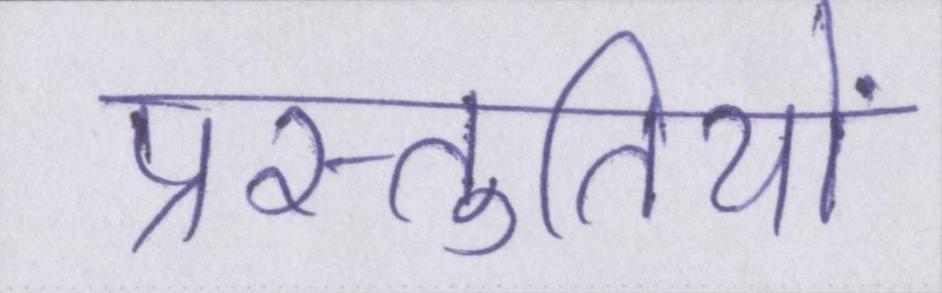
प्रस्तुतियों